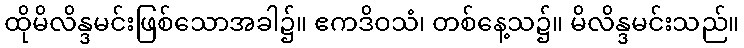
ထိုမိလိန္ဒမင်းဖြစ်သောအခါ၌။ ဧကဒိဝသံ၊ တစ်နေ့သ၌။ မိလိန္ဒမင်းသည်။